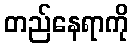
တည်နေရာကို